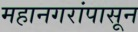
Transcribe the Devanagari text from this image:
महानगरांपासून